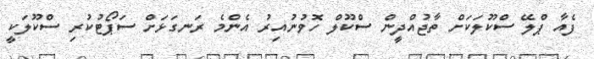
ފެއާ ޕްލޭ ސްކޫލަކަށް ތާޖުއްދީން ސްކޫލް ހޮވުނުއިރު އެންމެ ރަނގަޅަށް ސަޕޯޓުކުރި ސްކޫލަކީ